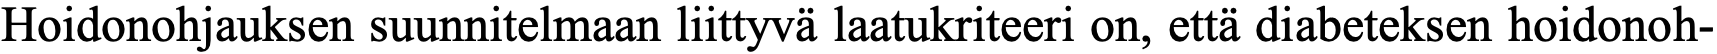
Hoidonohjauksen suunnitelmaan liittyvä laatukriteeri on, että diabeteksen hoidonoh-